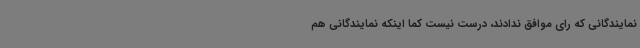
نمایندگانی که رای موافق ندادند، درست نیست کما اینکه نمایندگانی هم